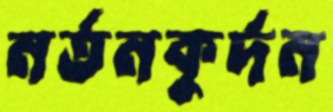
নর্তনকুর্দন